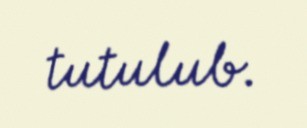
tutulub.